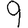
Digit: 9